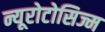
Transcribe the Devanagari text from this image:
न्यूरोटोसिज्म